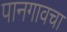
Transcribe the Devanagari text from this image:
पानगावचा